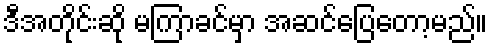
ဒီအတိုင်းဆို မကြာခင်မှာ အဆင်ပြေတော့မည်။